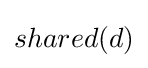
shared(d)